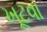
ખૂટવા